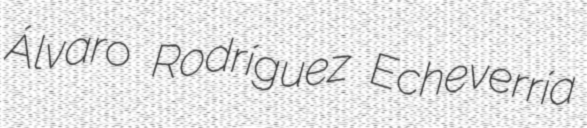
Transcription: Álvaro Rodríguez Echeverría